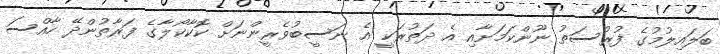
ބަލައިލުމުގެ ފުރުސަތު ނޫންކަމަށާއި އެ ދަތުރަކީ އެ ނަސީބުވެރީންނަށް ކޮކާކޯލާގެ ފަރާތުންދޭ ހާއްސަ